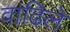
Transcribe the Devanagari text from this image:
वाढिले